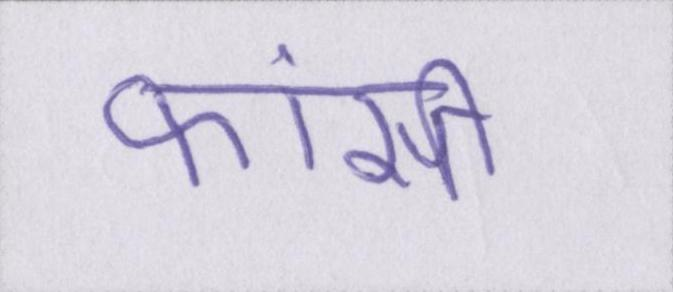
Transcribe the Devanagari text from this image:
फांसी